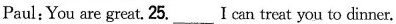
Paul:You are great. 25.___I can treat you to dinner.